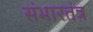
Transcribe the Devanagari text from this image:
संभारतंत्र